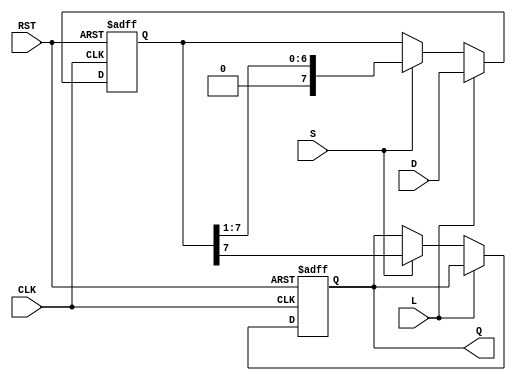
module PISO_Register #(parameter n = 8) (
    input wire [n-1:0] D,    // Parallel data input
    input wire L,            // Load control signal
    input wire S,            // Shift control signal
    input wire CLK,          // Clock signal
    input wire RST,          // Asynchronous reset signal
    output reg Q             // Serial output
);

    // Internal register to hold the data
    reg [n-1:0] register; // n flip-flops to hold the data

    // Always block to handle loading and shifting
    always @(posedge CLK or posedge RST) begin
        if (RST) begin
            // On reset, clear the register
            register <= {n{1'b0}};
            Q <= 1'b0; // Initialize Q to 0
        end else begin
            if (L) begin
                // Load operation
                register <= D; // Load parallel data into the register
            end else if (S) begin
                // Shift operation
                Q <= register[n-1]; // Output the MSB
                register <= {1'b0, register[n-1:1]}; // Shift left
            end
        end
    end

endmodule